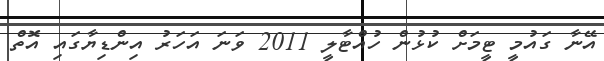
އޭނާ ގައުމީ ޓީމަށް ކުޅުން ހުއްޓާލީ 2011 ވަނަ އަހަރު އިންޑިޔާގައި އޮތް